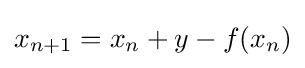
x_{n+1}=x_{n}+y-f(x_{n})